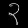
Digit: ၃